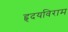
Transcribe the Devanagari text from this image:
हृदयविराम